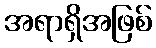
အရာရှိအဖြစ်